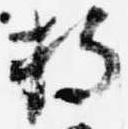
持